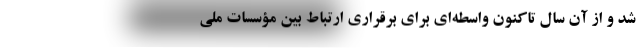
شد و از آن سال تاکنون واسطه‌ای برای برقراری ارتباط بین مؤسسات ملی